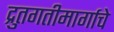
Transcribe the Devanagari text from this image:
द्रुतगतीमार्गाचे